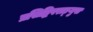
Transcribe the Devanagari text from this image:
प्रसिद्धिपराङ्‍मुख